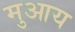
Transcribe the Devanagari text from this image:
मुआय